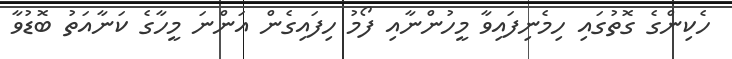
ހެކިންގެ ގޮތުގައި ހިމެނިފައިވާ މީހުންނާއި ފޯމު ހިފައިގެން އަންނަ މީހާގެ ކަނާއަތު ބޮޑުވާ